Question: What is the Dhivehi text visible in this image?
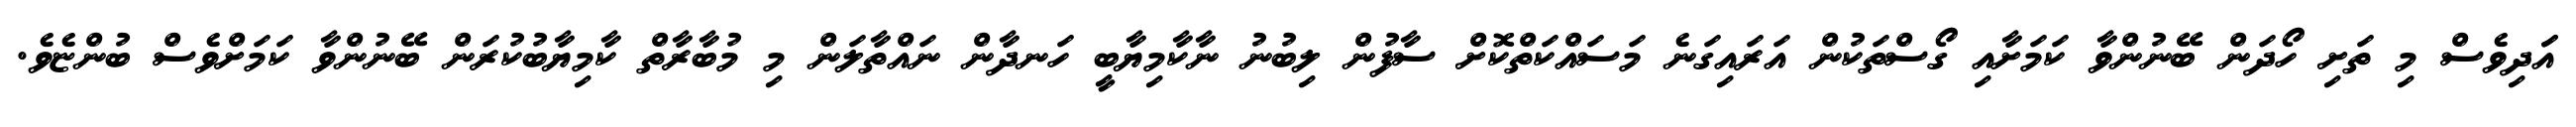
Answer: އަަދިވެސް މި ތަށި ހޯދަން ބޭނުންވާ ކަމަށާއި ގޯސްތަކުން އަރައިގަނެ މަސައްކަތްކޮށް ސާފުން ލިބުނު ނާކާމިޔާބީ ހަނދާން ނައްތާލަން މި މުބާރާތް ކާމިޔާބުކުރަން ބޭނުންވާ ކަމަށްވެސް ބުންޏެވެ.